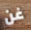
غن